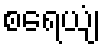
စရေယျံ